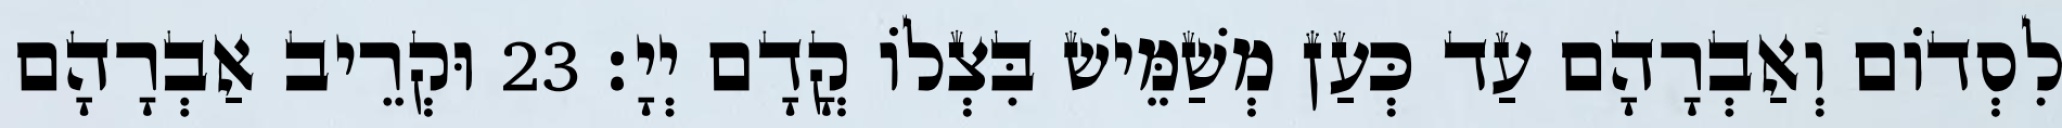
לִסְדוֹם וְאַבְרָהָם עַד כְּעַן מְשַׁמֵּישׁ בִּצְלוֹ קֳדָם יְיָ׃ 23 וּקְרֵיב אַבְרָהָם